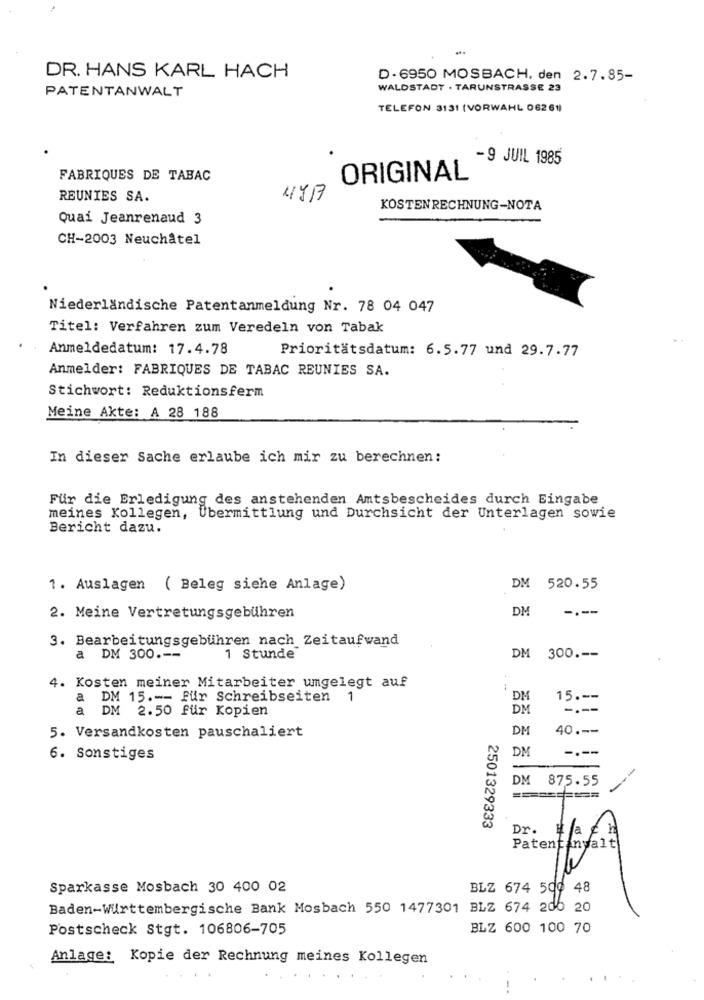
DR. HANS KARL HACH
D- 6950 MOSBACH, den 2.7.85-
PATENTANWALT
WALDSTADT . TARUNSTRASSE 23
TELEFON 3131 (VORWAHL 06261)
-9 JUIL 1985
FABRIQUES DE TABAC
ORIGINAL
REUNIES SA.
4717
KOSTENRECHNUNG-NOTA
Quai Jeanrenaud 3
CH-2003 Neuchâtel
Niederländische Patentanmeldung Nr. 78 04 047
Titel: Verfahren zum Veredeln von Tabak
Anmeldedatum: 17.4.78
Prioritätsdatum: 6.5.77 und 29.7.77
Anmelder: FABRIQUES DE TABAC REUNIES SA.
Stichwort: Reduktionsferm
Meine Akte: A 28 188
In dieser Sache erlaube ich mir zu berechnen:
Für die Erledigung des anstehenden Amtsbescheides durch Eingabe
meines Kollegen, Übermittlung und Durchsicht der Unterlagen sowie
Bericht dazu.
1. Auslagen ( Beleg siehe Anlage)
DM 520.55
DM
----
2. Meine Vertretungsgebühren
3. Bearbeitungsgebühren nach Zeitaufwand
a DM 300 .--
1 Stunde
DM 300 .--
4. Kosten meiner Mitarbeiter ungelegt auf
a DM 15 .-- Für Schreibseiten
1
DM
15 .--
a DM 2.50 für Kopien
DM
----
5. Versandkosten pauschaliert
DM
40 .--
DM
----
6. Sonstiges
-
DM
875.55
2501329333
Dr.
Sparkasse Mosbach 30 400 02
BLZ 674 500 48
Baden-Württembergische Bank Mosbach 550 1477301 BLZ 674 200 20
Postscheck Stgt. 106806-705
BLZ 600 100 70
Anlage: Kopie der Rechnung meines Kollegen